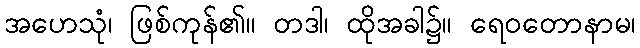
အဟေသုံ၊ ဖြစ်ကုန်၏။ တဒါ၊ ထိုအခါ၌။ ရေဝတောနာမ၊